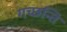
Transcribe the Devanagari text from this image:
गच्छन्ति